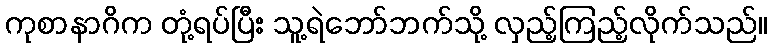
ကုစာနာဂိက တုံ့ရပ်ပြီး သူ့ရဲဘော်ဘက်သို့ လှည့်ကြည့်လိုက်သည်။